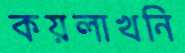
কয়লাখনি